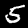
Label: 5